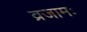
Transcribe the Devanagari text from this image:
व्रजामः